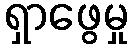
ရှာဖွေမှု